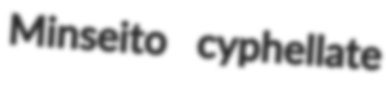
Minseito cyphellate